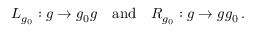
L _ { g _ { 0 } } : g \rightarrow g _ { 0 } g \ \ \ \mathrm { a n d } \ \ \ R _ { g _ { 0 } } : g \rightarrow g g _ { 0 } \, .